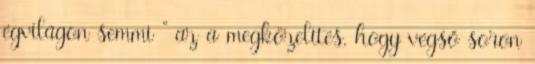
égvilágon semmi ” az a megközelítés, hogy végső soron